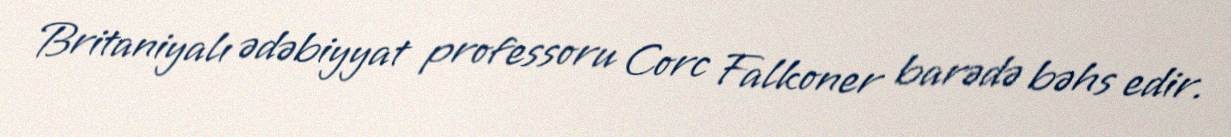
Britaniyalı ədəbiyyat professoru Corc Falkoner barədə bəhs edir.